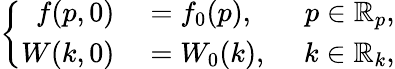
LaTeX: \left\{ \begin{array}{rlr}{f(p,0)}&{{}=f_{0}(p),\ }&{p\in\mathbb{R}_{p},}\\ {W(k,0)}&{{}=W_{0}(k),\ }&{k\in\mathbb{R}_{k},}\end{array}\right.